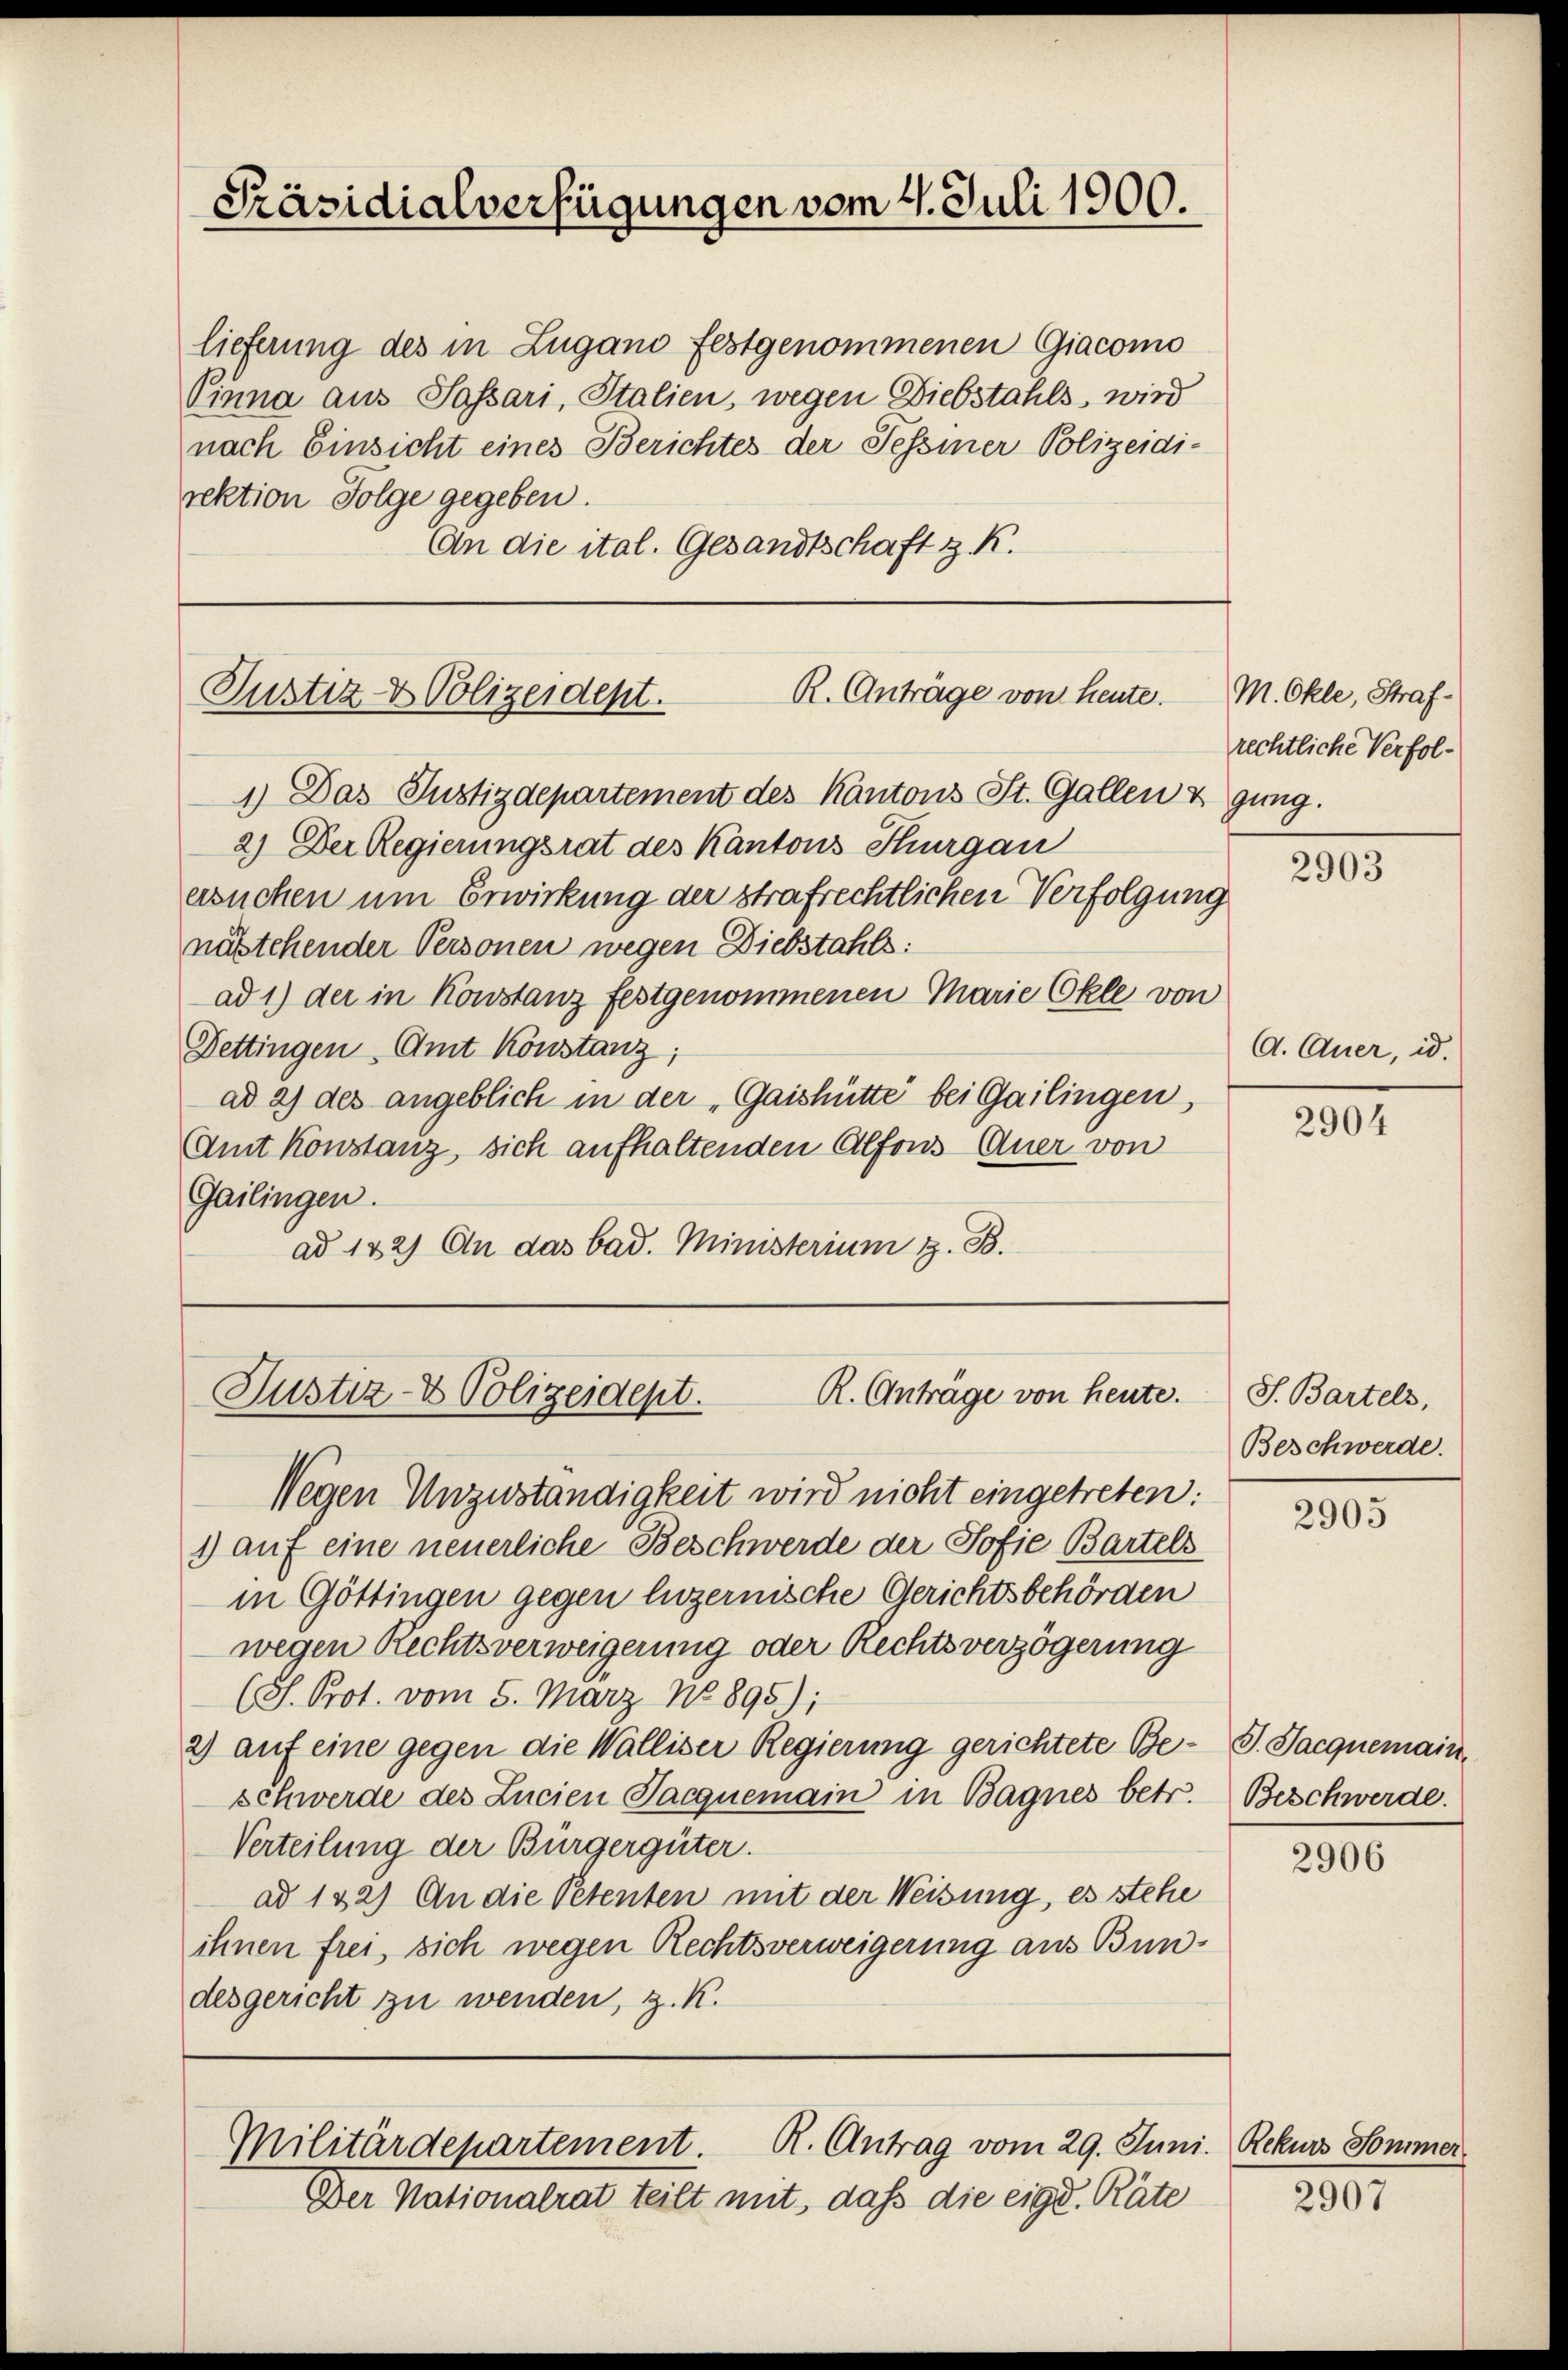
Präsidialverfügungen vom 4. Juli 1900.

lieferung des in Zugano festgenommenen Giacomo
Pinna aus Passari, Italien, wegen Diebstahls, wird
nach Einsicht eines Berichtes der Tessiner Polizeidi-
rektion Folge gegeben.
An die ital. Gesandtschaft z. K.

R. Anträge von heute.
Justiz- & Polizeident.

1) Das Justizdepartement des Kantons St. Gallen & gŭng.
2) Der Regierungsrat des Kantons Thurgau
ersuchen um Erwirkung der strafrechtlichen Verfolgung
nustehender Personen wegen Diebstahls:
ad 1) der in Konstanz festgenommenen Marie Ökle von
Bettingen Amt Konstanz;
ad 2) des angeblich in der „Gaishütte bei Gailingen,
Amt Konstanz, sich aufhaltenden Alfons Auer von
Gailingen.
ad 122) An das bad. Ministerium z. B.

R. Anträge von heute.
Justiz- & Polizeidept.

Wegen Unzuständigkeit wird nicht eingetreten:
1) auf eine neuerliche Beschwerde der Sofie Bartels
in Göttingen gegen luzernische Gerichtsbehörden
wegen Rechtsverweigerung oder Rechtsverzögerung
(J. Prot. vom 5. März No 895);
2) auf eine gegen die Walliser Regierung gerichtete Be- J. Jacquemain
schwerde des Lucien Pacquemain in Bagnes betr.
Verteilung der Bürgergüter.
ad 122) An die Petenten mit der Weisung, es stehe
ihnen frei, sich wegen Rechtsverweigerung aus Bundesgericht zu wenden, z. K.

Der Nationalrat teilt mit, daß die eige. Räte

R. Antrag vom 29. Juni. Rekurs Sommer.
Militärdepartement.

M. Okle, Strafrechtliche Verfol¬

2903

A. Auer, id.

2904

S. Bartels,
Beschwerde.

2905

Beschwerde.

2906

2907